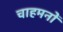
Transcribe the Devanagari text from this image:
चाहमनों